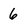
Character: 6